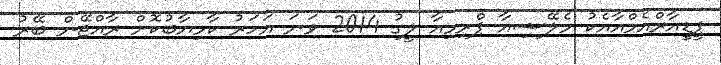
ޕީޑީއާރްއެމްއާއެކު މެލޭޝިއާ ޕްރިމިއާ ލީގު 2014 ވަނަ އަހަރު ކާމިޔާބުކޮށް ރާއްޖޭން ބޭރު